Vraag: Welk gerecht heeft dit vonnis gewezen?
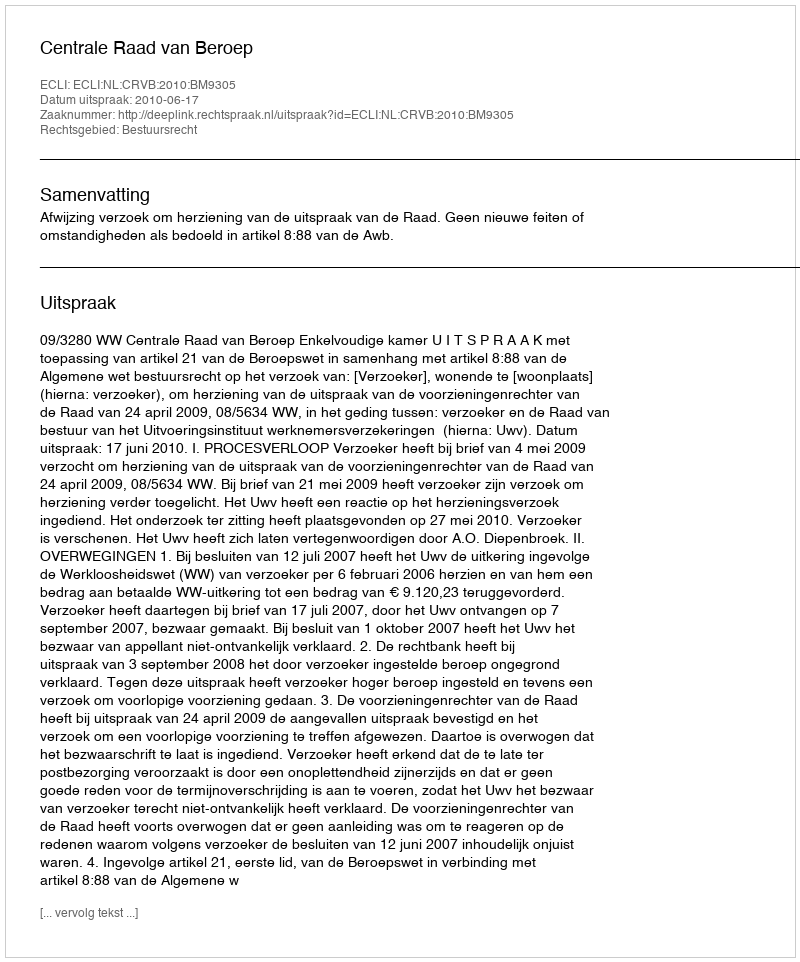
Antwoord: Centrale Raad van Beroep